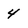
Character: 4